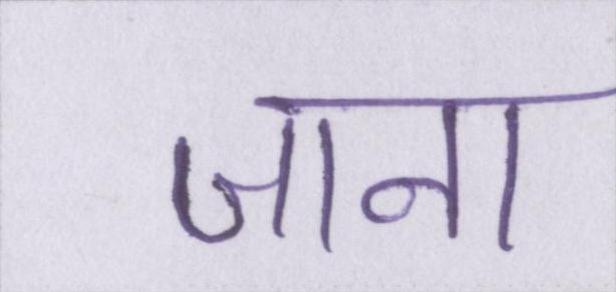
जाना